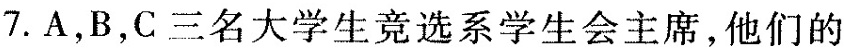
7. A，B，C三名大学生竞选系学生会主席，他们的